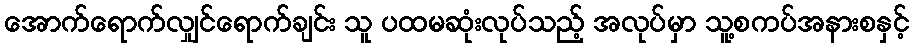
အောက်ရောက်လျှင်ရောက်ချင်း သူ ပထမဆုံးလုပ်သည့် အလုပ်မှာ သူ့စကပ်အနားစနှင့်